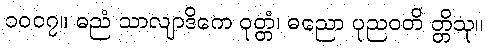
၁၀၀၇။ ဓညံ သာလျာဒိကေ ဝုတ္တံ၊ ဓညော ပုညဝတိ တ္တိသု။